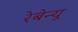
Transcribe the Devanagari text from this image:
रेबेन्यू